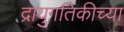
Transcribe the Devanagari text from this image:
द्रायुगतिकीच्या